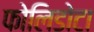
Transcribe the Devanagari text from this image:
फोलिडोटा